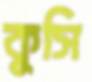
কুসি